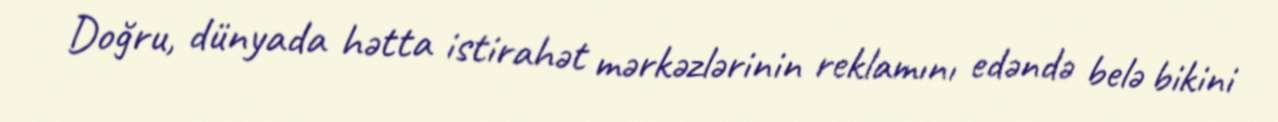
Doğru, dünyada hətta istirahət mərkəzlərinin reklamını edəndə belə bikini